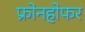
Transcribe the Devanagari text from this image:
फ्रोनहोफर